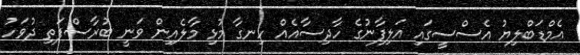
އެމްޑަބްލިޔު އެސްސީގައި އަލިފާނުގެ ހާދިސާއެއް ހިނގާ މުޅި މާލެއިން ވަނީ ބުރާސްފަތި ދުވަހު